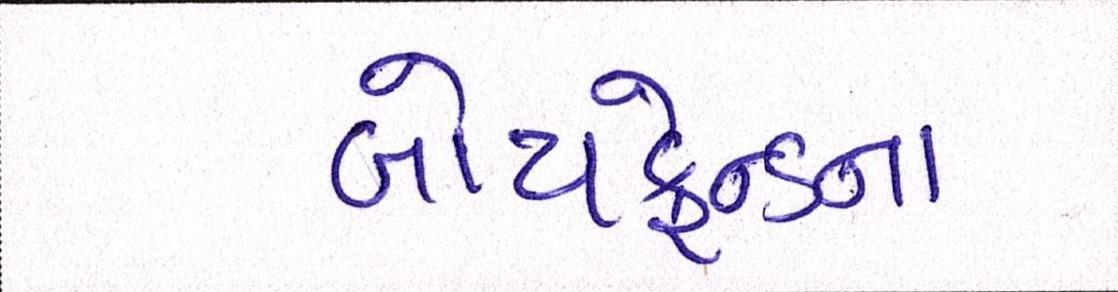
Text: બોયફ્રેન્ડના